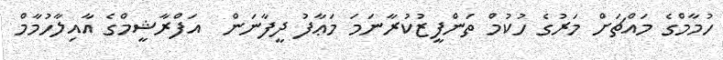
ހުމާމްގެ މައްޗަށް މަރުގެ ހުކުމް ތަންފީޒުކުރާނަމަ މަޢާފު ދީފާނަން  އަފްރާޝީމްގެ އާއިލާހުމާމް